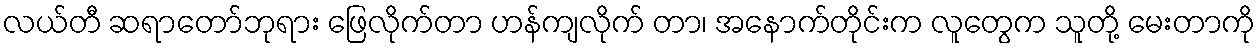
လယ်တီ ဆရာတော်ဘုရား ဖြေလိုက်တာ ဟန်ကျလိုက် တာ၊ အနောက်တိုင်းက လူတွေက သူတို့ မေးတာကို